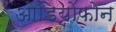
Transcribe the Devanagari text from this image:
ओडियोफोन